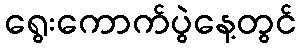
ရွေးကောက်ပွဲနေ့တွင်